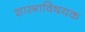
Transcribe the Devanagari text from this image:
शास्त्राविषयक